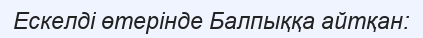
Ескелді өтерінде Балпыққа айтқан: